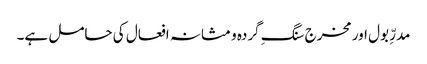
مدرِّ بول اور مخرج سنگِ گردہ و مثانہ افعال کی حامل ہے۔